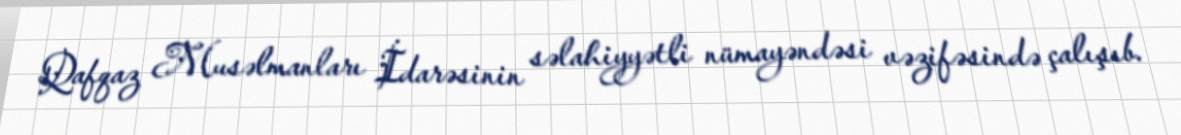
Qafqaz Musəlmanları İdarəsinin səlahiyyətli nümayəndəsi vəzifəsində çalışıb.